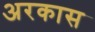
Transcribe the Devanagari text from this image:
अरकास